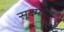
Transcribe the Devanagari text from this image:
सूक्ष्मपट